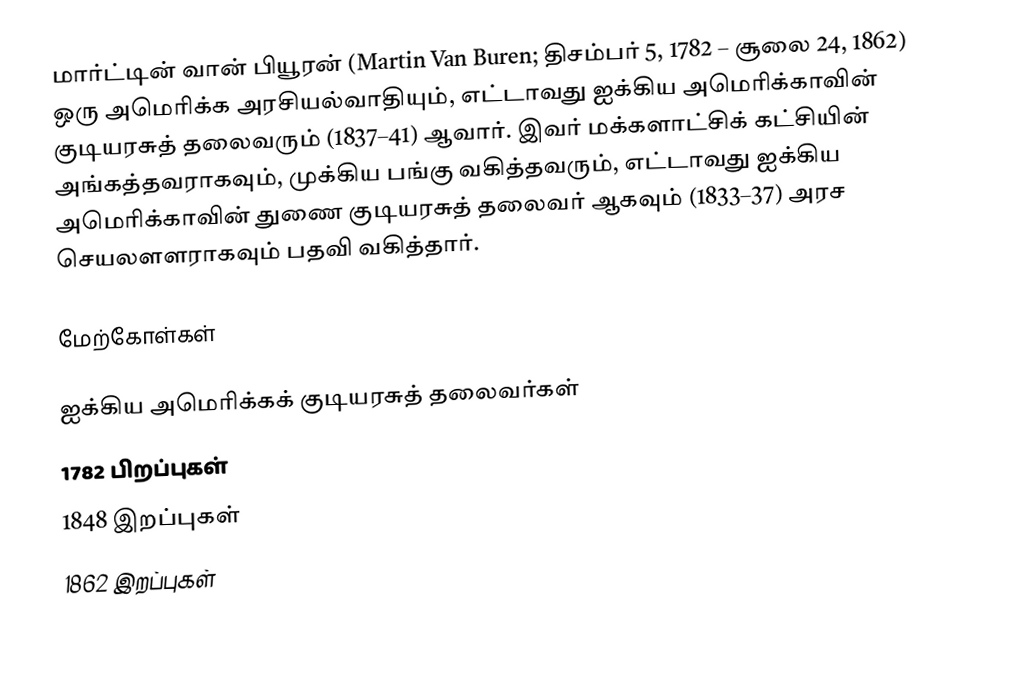
மார்ட்டின் வான் பியூரன் (Martin Van Buren; திசம்பர் 5, 1782 – சூலை 24, 1862) ஒரு அமெரிக்க அரசியல்வாதியும், எட்டாவது ஐக்கிய அமெரிக்காவின் குடியரசுத் தலைவரும் (1837–41) ஆவார். இவர் மக்களாட்சிக் கட்சியின் அங்கத்தவராகவும், முக்கிய பங்கு வகித்தவரும், எட்டாவது ஐக்கிய அமெரிக்காவின் துணை குடியரசுத் தலைவர் ஆகவும் (1833–37) அரச செயலளளராகவும் பதவி வகித்தார்.

மேற்கோள்கள்

ஐக்கிய அமெரிக்கக் குடியரசுத் தலைவர்கள்
1782 பிறப்புகள்
1848 இறப்புகள்
1862 இறப்புகள்